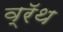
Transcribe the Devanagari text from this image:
व्रॅथ